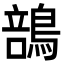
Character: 䳝